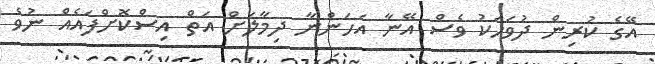
އޭގެ ކުރިން ދުވަހަކު ވެސް އޭނާ އަހަންނާ ދިމާލަށް އަތް އިސްކޮށްފައެއް ނުވެ